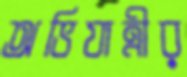
অভিযাত্রীর